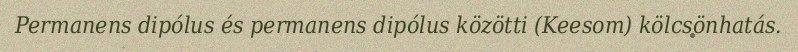
Permanens dipólus és permanens dipólus közötti (Keesom) kölcsönhatás.